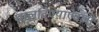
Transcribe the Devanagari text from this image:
घालविण्याऐवजी